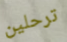
ترحلين